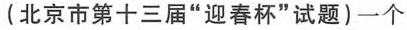
(北京市第十三届“迎春杯”试题)一个